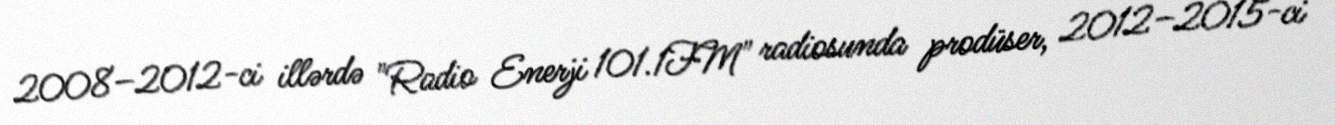
2008–2012-ci illərdə "Radio Enerji 101.1FM" radiosunda prodüser, 2012–2015-ci